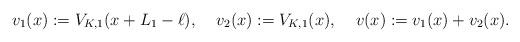
LaTeX: \begin{align*} &v_1(x):=V_{K,1}(x+L_1-\ell), &&v_2(x):=V_{K,1}(x), && v(x):=v_1(x)+v_2(x). \end{align*}